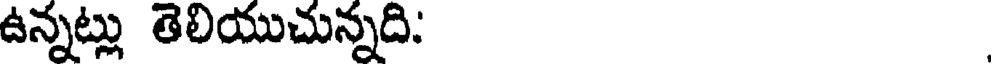
ఉన్నట్లు తెలియుచున్నది.